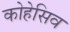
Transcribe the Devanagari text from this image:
कोहेसिव